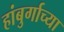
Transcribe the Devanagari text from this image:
हांबुर्गाच्या